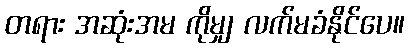
တရား အဆုံးအမ ကိုမျှ လက်မခံနိုင်ပေ။